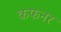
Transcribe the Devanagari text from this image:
कफनर